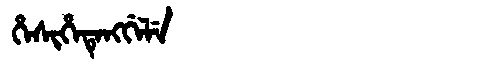
Manchu: ᡥᡝᠰᡳᡥᡝᡨᡝᠩᡤᡝᠯᡝ
Romanization: HESIHETENGGELE